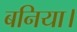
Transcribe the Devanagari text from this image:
बनिया।